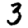
Digit: 3